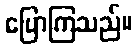
ပြောကြသည်။